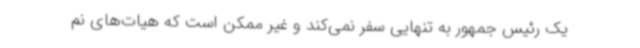
یک رئیس جمهور به تنهایی سفر نمی‌کند و غیر ممکن است که هیات‌های نم